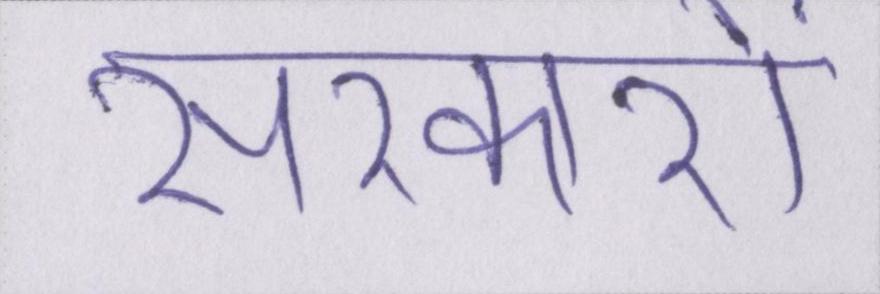
सरकारों